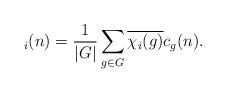
LaTeX: \begin{align*} _i(n)=\dfrac{1}{|G|}\sum_{g\in G}\overline{\chi_i(g)}c_g(n).\end{align*}